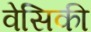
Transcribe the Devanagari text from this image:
वेसिकी